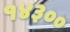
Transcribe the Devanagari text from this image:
१४३००